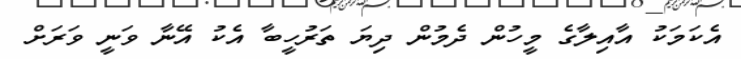
އެކަމަކު އާއިލާގެ މީހުން ދެމުން ދިޔަ ތަރުހީބާ އެކު އޭނާ ވަނީ ވަރަށް